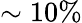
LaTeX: \sim 10\%